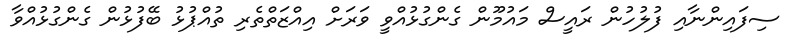
ސިފައިންނާއި ފުލުހުން ރައީސް މައުމޫން ގެންގުޅުއްވީ ވަރަށް އިއްޒަތްތެރި ތުއްޕުޅު ބޭފުޅުން ގެންގުޅުއްވާ